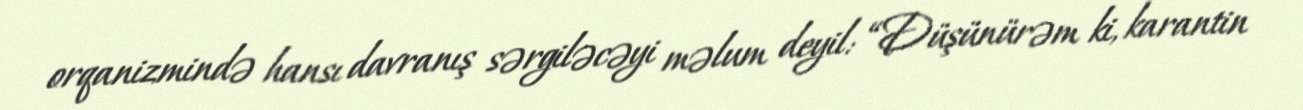
orqanizmində hansı davranış sərgiləcəyi məlum deyil: “Düşünürəm ki, karantin